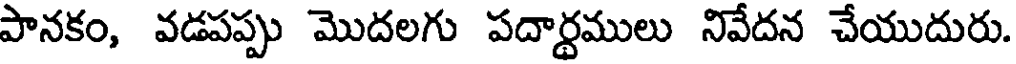
పానకం, వడపప్పు మొదలగు పదార్ధములు నివేదన చేయుదురు.